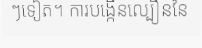
ៗទៀត។ ការបង្កើនល្បឿននៃ